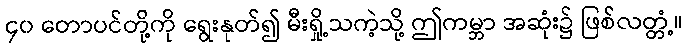
၄၀ တောပင်တို့ကို ရွေးနုတ်၍ မီးရှို့သကဲ့သို့ ဤကမ္ဘာ အဆုံး၌ ဖြစ်လတ္တံ့။